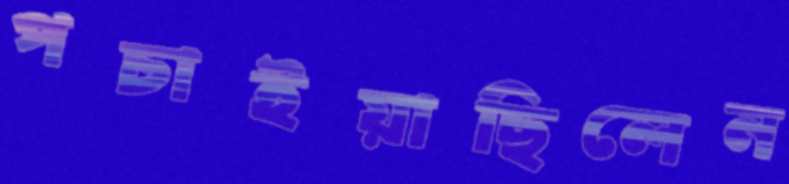
পচাইয়াছিলেন